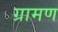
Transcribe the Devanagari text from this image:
ग्रामण